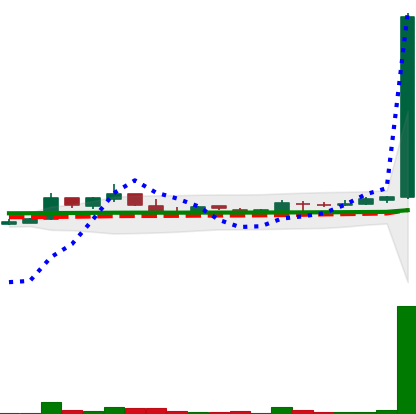
Ticker: LTC-USD
Chart end date: 2017-03-30
Forward return: 18.748%
Label: up_7plus